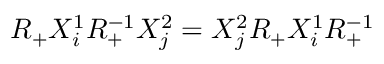
R _ { + } X _ { i } ^ { 1 } R _ { + } ^ { - 1 } X _ { j } ^ { 2 } = X _ { j } ^ { 2 } R _ { + } X _ { i } ^ { 1 } R _ { + } ^ { - 1 }